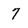
Character: 7